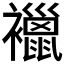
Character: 𧞪